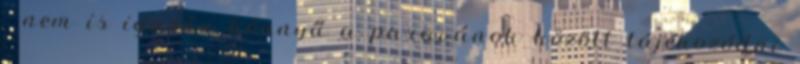
- nem is igazán könnyű a paravánok között tájékozódni